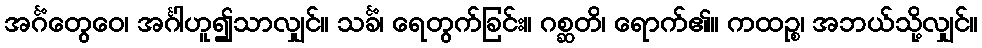
အင်္ဂံတွေဝေ၊ အင်္ဂါဟူ၍သာလျှင်။ သင်္ခံ၊ ရေတွက်ခြင်း။ ဂစ္ဆတိ၊ ရောက်၏။ ကထဉ္စ၊ အဘယ်သို့လျှင်။